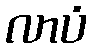
လာပံ